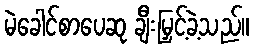
မဲခေါင်စာပေဆု ချီးမြှင့်ခဲ့သည်။